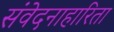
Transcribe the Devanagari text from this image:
संवेदनाहारिता